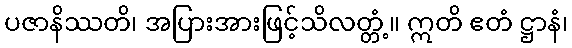
ပဇာနိဿတိ၊ အပြားအားဖြင့်သိလတ္တံ့။ ဣတိ ဧတံ ဋ္ဌာနံ၊